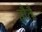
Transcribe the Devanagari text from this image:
हौतै